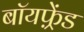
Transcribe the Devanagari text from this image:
बॉयफ़्रेंड